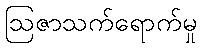
ဩဇာသက်ရောက်မှု